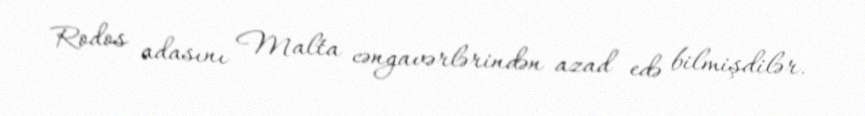
Rodos adasını Malta cəngavərlərindən azad edə bilmişdilər.